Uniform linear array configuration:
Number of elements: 64
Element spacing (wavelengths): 0.5
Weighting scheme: kaiser
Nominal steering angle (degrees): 0
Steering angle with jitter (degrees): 0.8589
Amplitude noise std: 0.05
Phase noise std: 0.05

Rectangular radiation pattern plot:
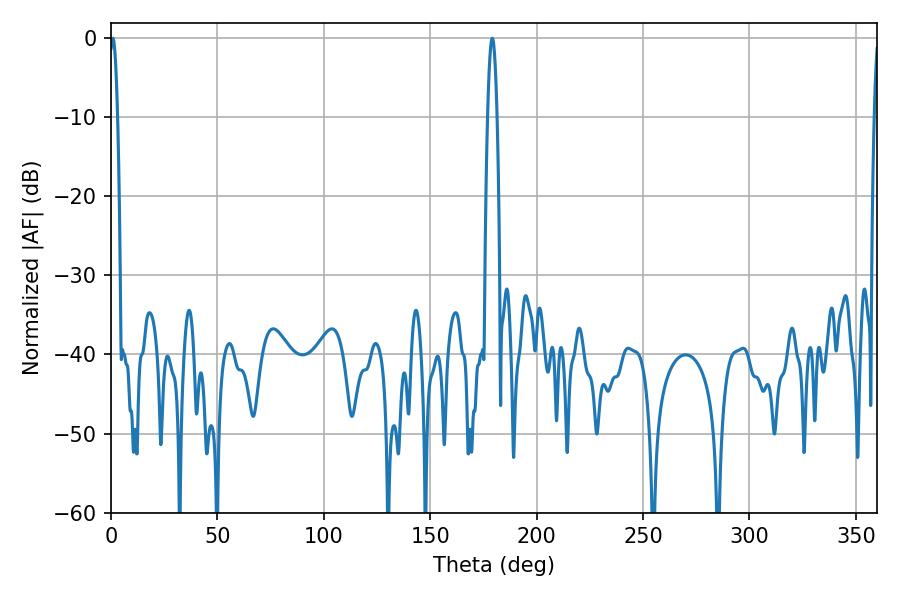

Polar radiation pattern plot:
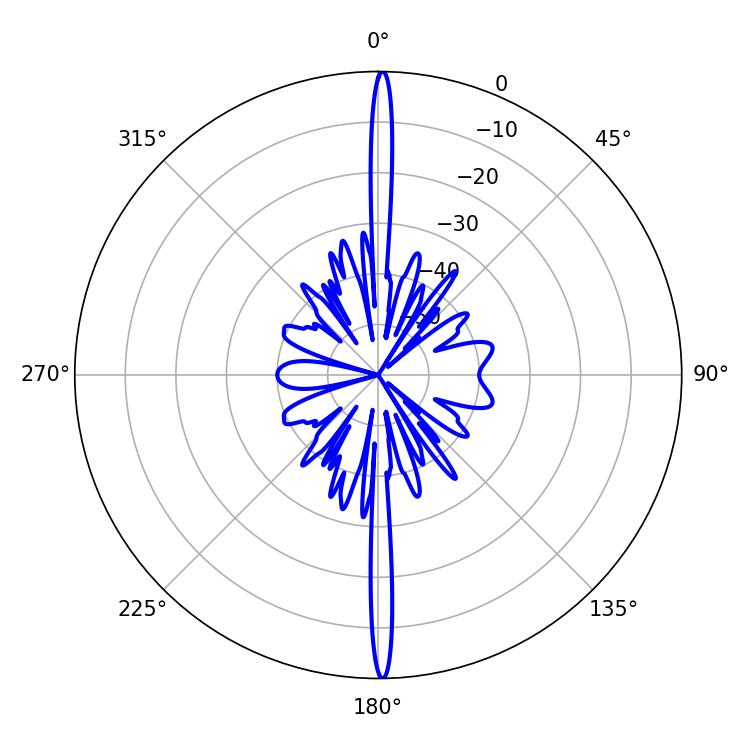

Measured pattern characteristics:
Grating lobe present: FALSE
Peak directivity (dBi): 31.534
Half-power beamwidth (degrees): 1.98
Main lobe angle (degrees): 0.9